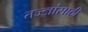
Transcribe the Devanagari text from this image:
तज्ज्ञांसाठी